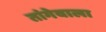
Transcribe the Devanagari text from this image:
तांगेवाला